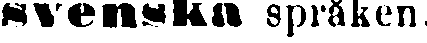
svenska språken.